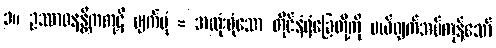
၁။ ဥဿာဝနန္တိကကုဋိ ပျက်ပုံ = အလုံးစုံသော တိုင်နံရံခြေတို့ကို ပယ်ဖျက်အပ်ကုန်သော်